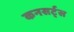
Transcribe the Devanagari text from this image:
कनसर्ट्स